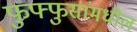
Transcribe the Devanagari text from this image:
फुफ्फुसांमधील